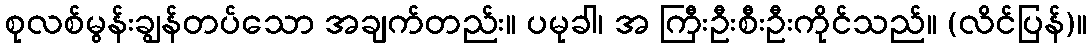
စုလစ်မွန်းချွန်တပ်သော အချက်တည်း။ ပမုခါ၊ အ ကြီးဦးစီးဦးကိုင်သည်။ (လိင်ပြန်)။